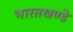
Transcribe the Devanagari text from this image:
भारतखण्डे